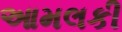
આમલકી